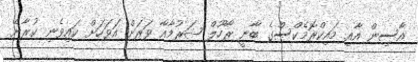
އާސިން އާއި މައިކްރޮމެކްސްގެ ބާނީ ރާހޫލް ޝަރުމާއާ ވަރަށް އަވަހަށް ކައިވެނި ކުރާނެ